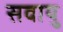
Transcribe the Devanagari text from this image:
सवायु